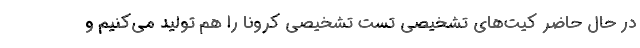
در حال حاضر کیت‌های تشخیصی تست تشخیصی کرونا را هم تولید می‌کنیم و